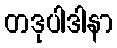
တဒုပါဒါနာ